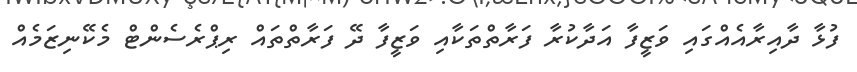
ފުޅާ ދާއިރާއެއްގައި ވަޒީފާ އަދާކުރާ ފަރާތްތަކާއި ވަޒީފާ ދޭ ފަރާތްތައް ރިޕްރެސެންޓް މެކޭނިޒަމެއް